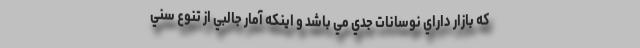
كه بازار داراي نوسانات جدي مي باشد و اينكه آمار جالبي از تنوع سني